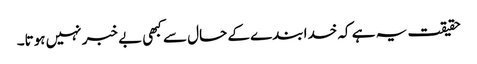
حقیقت یہ ہے کہ خدا بندے کے حال سے کبھی بے خبر نہیں ہوتا۔